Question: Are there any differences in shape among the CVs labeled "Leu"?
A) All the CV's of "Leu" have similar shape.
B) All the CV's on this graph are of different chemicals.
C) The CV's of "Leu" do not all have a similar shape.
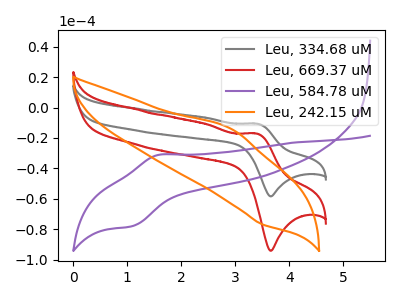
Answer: <think>The gray curve "Leu, 334.68 uM" has an anodic peak at (3.40V, -10.60uA) and a cathodic peak at (3.65V, -58.35uA). The red curve "Leu, 669.37 uM" has an anodic peak at (3.40V, -17.10uA) and a cathodic peak at (3.65V, -94.10uA). The purple curve "Leu, 584.78 uM" has an anodic peak at (1.60V, -31.05uA) and a cathodic peak at (1.10V, -77.90uA). The orange curve "Leu, 242.15 uM" has an anodic peak at (2.90V, -13.90uA) and a cathodic peak at (3.50V, -76.80uA).
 All the peaks in "Leu, 334.68 uM" have a peak in "Leu, 669.37 uM" at the same potential. "Leu, 334.68 uM" and "Leu, 584.78 uM" have at least one peak that do not match. "Leu, 334.68 uM" and "Leu, 242.15 uM" have at least one peak that do not match. "Leu, 669.37 uM" and "Leu, 584.78 uM" have at least one peak that do not match. "Leu, 669.37 uM" and "Leu, 242.15 uM" have at least one peak that do not match. "Leu, 584.78 uM" and "Leu, 242.15 uM" have at least one peak that do not match.</think>
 <answer>A) All the CV's of "Leu" have similar shape.</answer>
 <eval>A</eval>